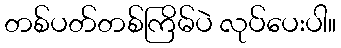
တစ်ပတ်တစ်ကြိမ်ပဲ လုပ်ပေးပါ။